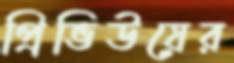
প্রিভিউয়ের